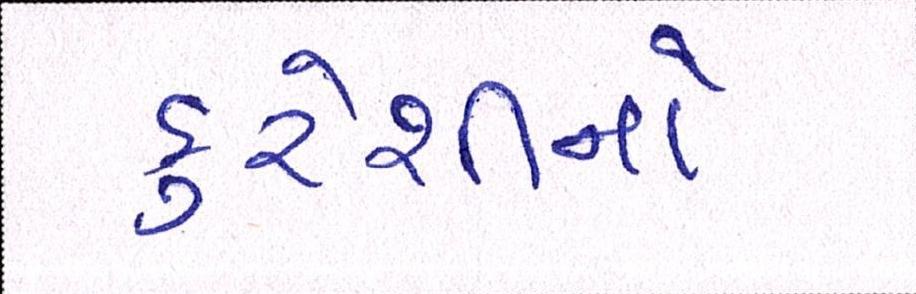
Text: કુરૈશીનો